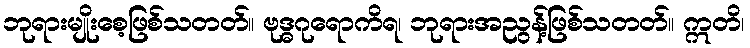
ဘုရားမျိုးစေ့ဖြစ်သတတ်။ ဗုဒ္ဓဂုရောကိရ၊ ဘုရားအညွန့်ဖြစ်သတတ်။ ဣတိ၊